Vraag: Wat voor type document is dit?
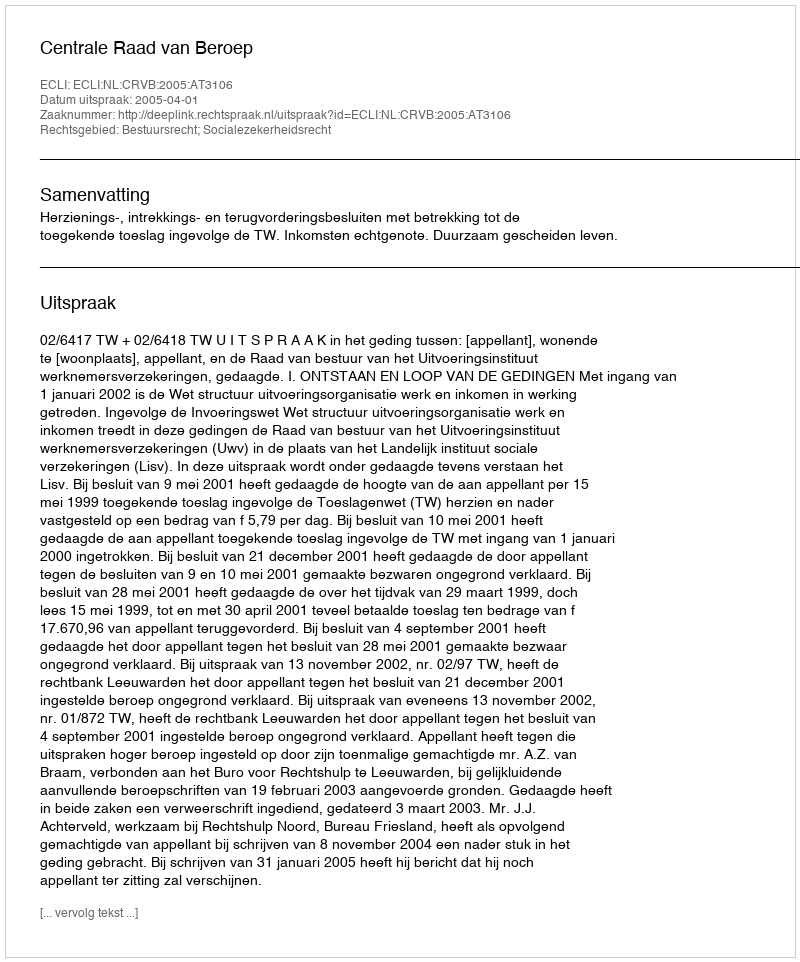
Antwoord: Uitspraak